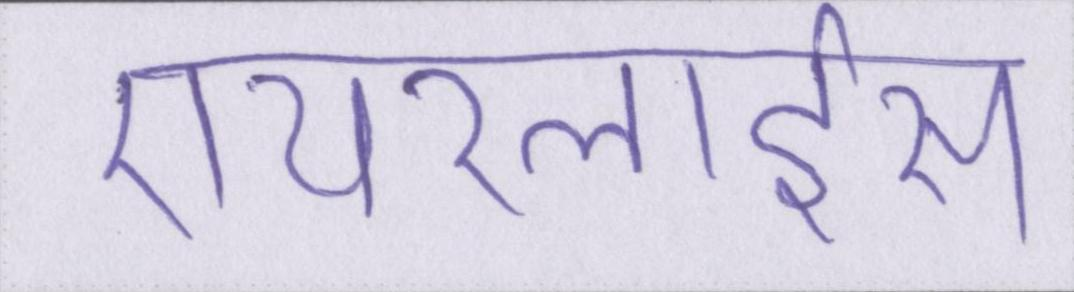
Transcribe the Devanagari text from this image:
एयरलाईंस